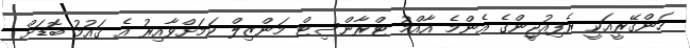
ހަންގޭރީއަކީ ރެފިއުޖީންގެ އެންމެ އާއްމު ޓްރާންސިޓް މަންޒިލް ކަމަށްވާއިރު އެ ޤައުމު ބޮޑަށް